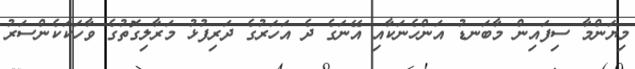
މިޔަންމާ ސިފައިން މާބަނޑު އަންހެނަކާއި އޭނަގެ ދެ އަހަރުގެ ދަރިފުޅު މަރާލިގޮތުގެ ވާހަކަކެންސަރު